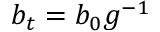
b _ { t } = b _ { 0 } g ^ { - 1 }